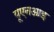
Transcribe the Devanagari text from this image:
यूएनआइ